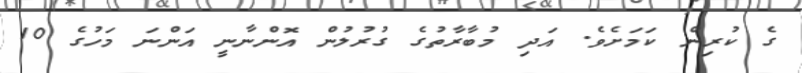
ގެ ކުރިން ކަމަށެވެ. އަދި މުބާރާތުގެ ގުރުލުން އޮންނާނީ އަންނަ މަހުގެ 10